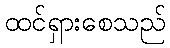
ထင်ရှားစေသည်